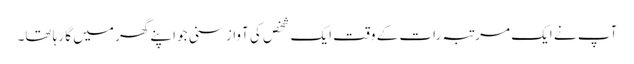
آپ نے ایک مرتبہ رات کے وقت ایک شخص کی آواز سنی جو اپنے گھر میں گا رہا تھا۔